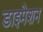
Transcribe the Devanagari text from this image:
डाइमेशन